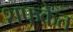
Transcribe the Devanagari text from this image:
शफकेत